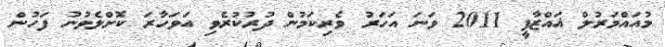
މުއައްމަރުލް ޣައްޒާފީ 2011 ވަނަ އަހަރު ވެރިކަމުން ދުރުކުރެވި އަވަހާރަ ކޮށްލެވުނު ފަހުން